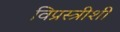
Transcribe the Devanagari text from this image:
विप्रस्त्रीशी